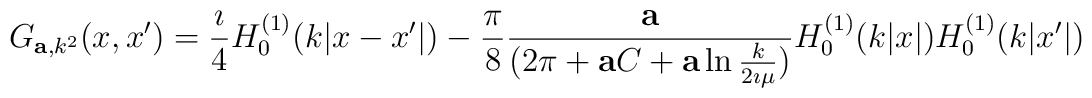
G_{{\bf a}, k^2}(x,x')={\imath \over 4}H^{(1)}_0(k|x-x'|)-{\pi\over 8}{ {\bf a}\over (2\pi +{\bf a} C+{\bf a} \ln {k\over 2\imath \mu})}H^{(1)}_0(k|x|)H^{(1)}_0(k|x'|)